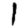
Digit: 1